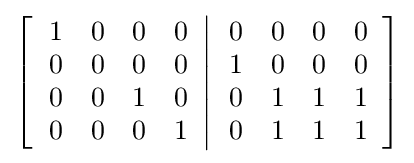
\left[\left.{\begin{array}{cccc}1&0&0&0\\0&0&0&0\\0&0&1&0\\0&0&0&1\end{array}}\right\vert {\begin{array}{cccc}0&0&0&0\\1&0&0&0\\0&1&1&1\\0&1&1&1\end{array}}\right]